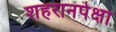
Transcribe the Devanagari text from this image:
शहरानपेक्षा